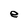
Character: e